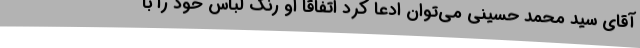
آقای سید محمد حسینی می‌توان ادعا کرد اتفاقا او رنگ لباس خود را با